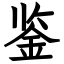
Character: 鉴